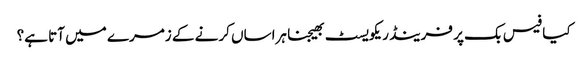
کیا فیس بک پر فرینڈ ریکویسٹ بھیجنا ہراساں کرنے کے زمرے میں آتا ہے؟